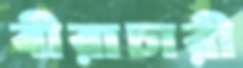
বীরাচারী